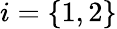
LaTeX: i=\{ 1,2\}